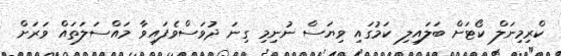
ކްރިމިނަލް ކޯޓަށް ބަލައިލި ކަމުގައި ވިޔަސް ނުނިމި ގިނަ ދުވަސްވެފައިވާ މައްސަލަތައް ވަރަށް